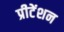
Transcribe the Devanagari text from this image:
प्रीटेंशन